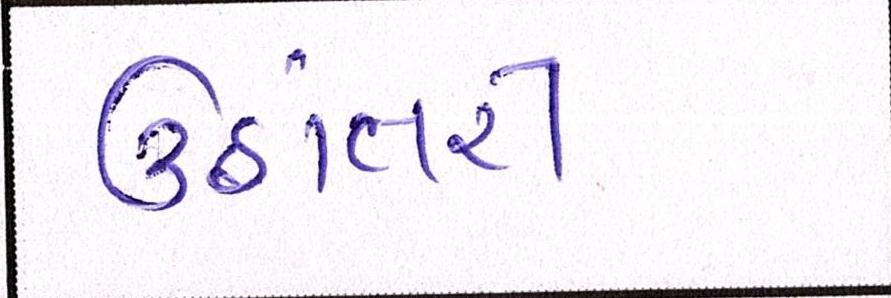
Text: ઉઠાંતરી